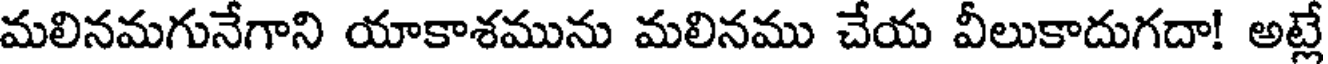
మలినమగునేగాని యాకాశమును మలినము చేయ వీలుకాదుగదా! అట్లే